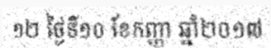
១២ ថ្ងៃទី១០ ខែកញ្ញា ឆ្នាំ២០១៧